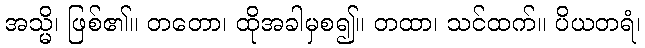
အသ္မိ၊ ဖြစ်၏။ တတော၊ ထိုအခါမှစ၍။ တထာ၊ သင်ထက်။ ပိယတရံ၊